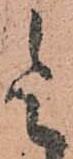
令